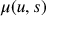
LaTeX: \textstyle \mu ( u , s )